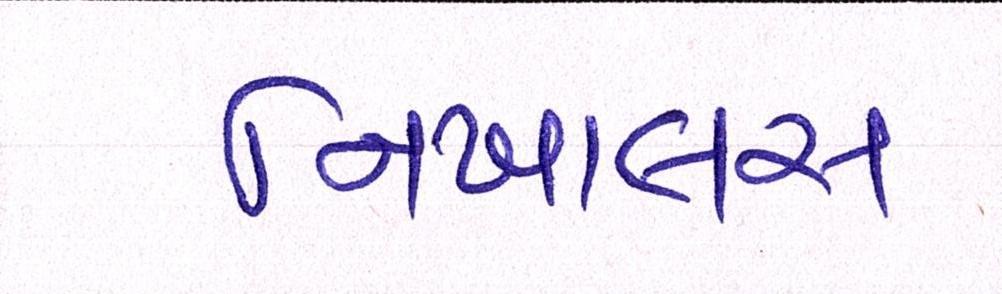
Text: નિખાલસ